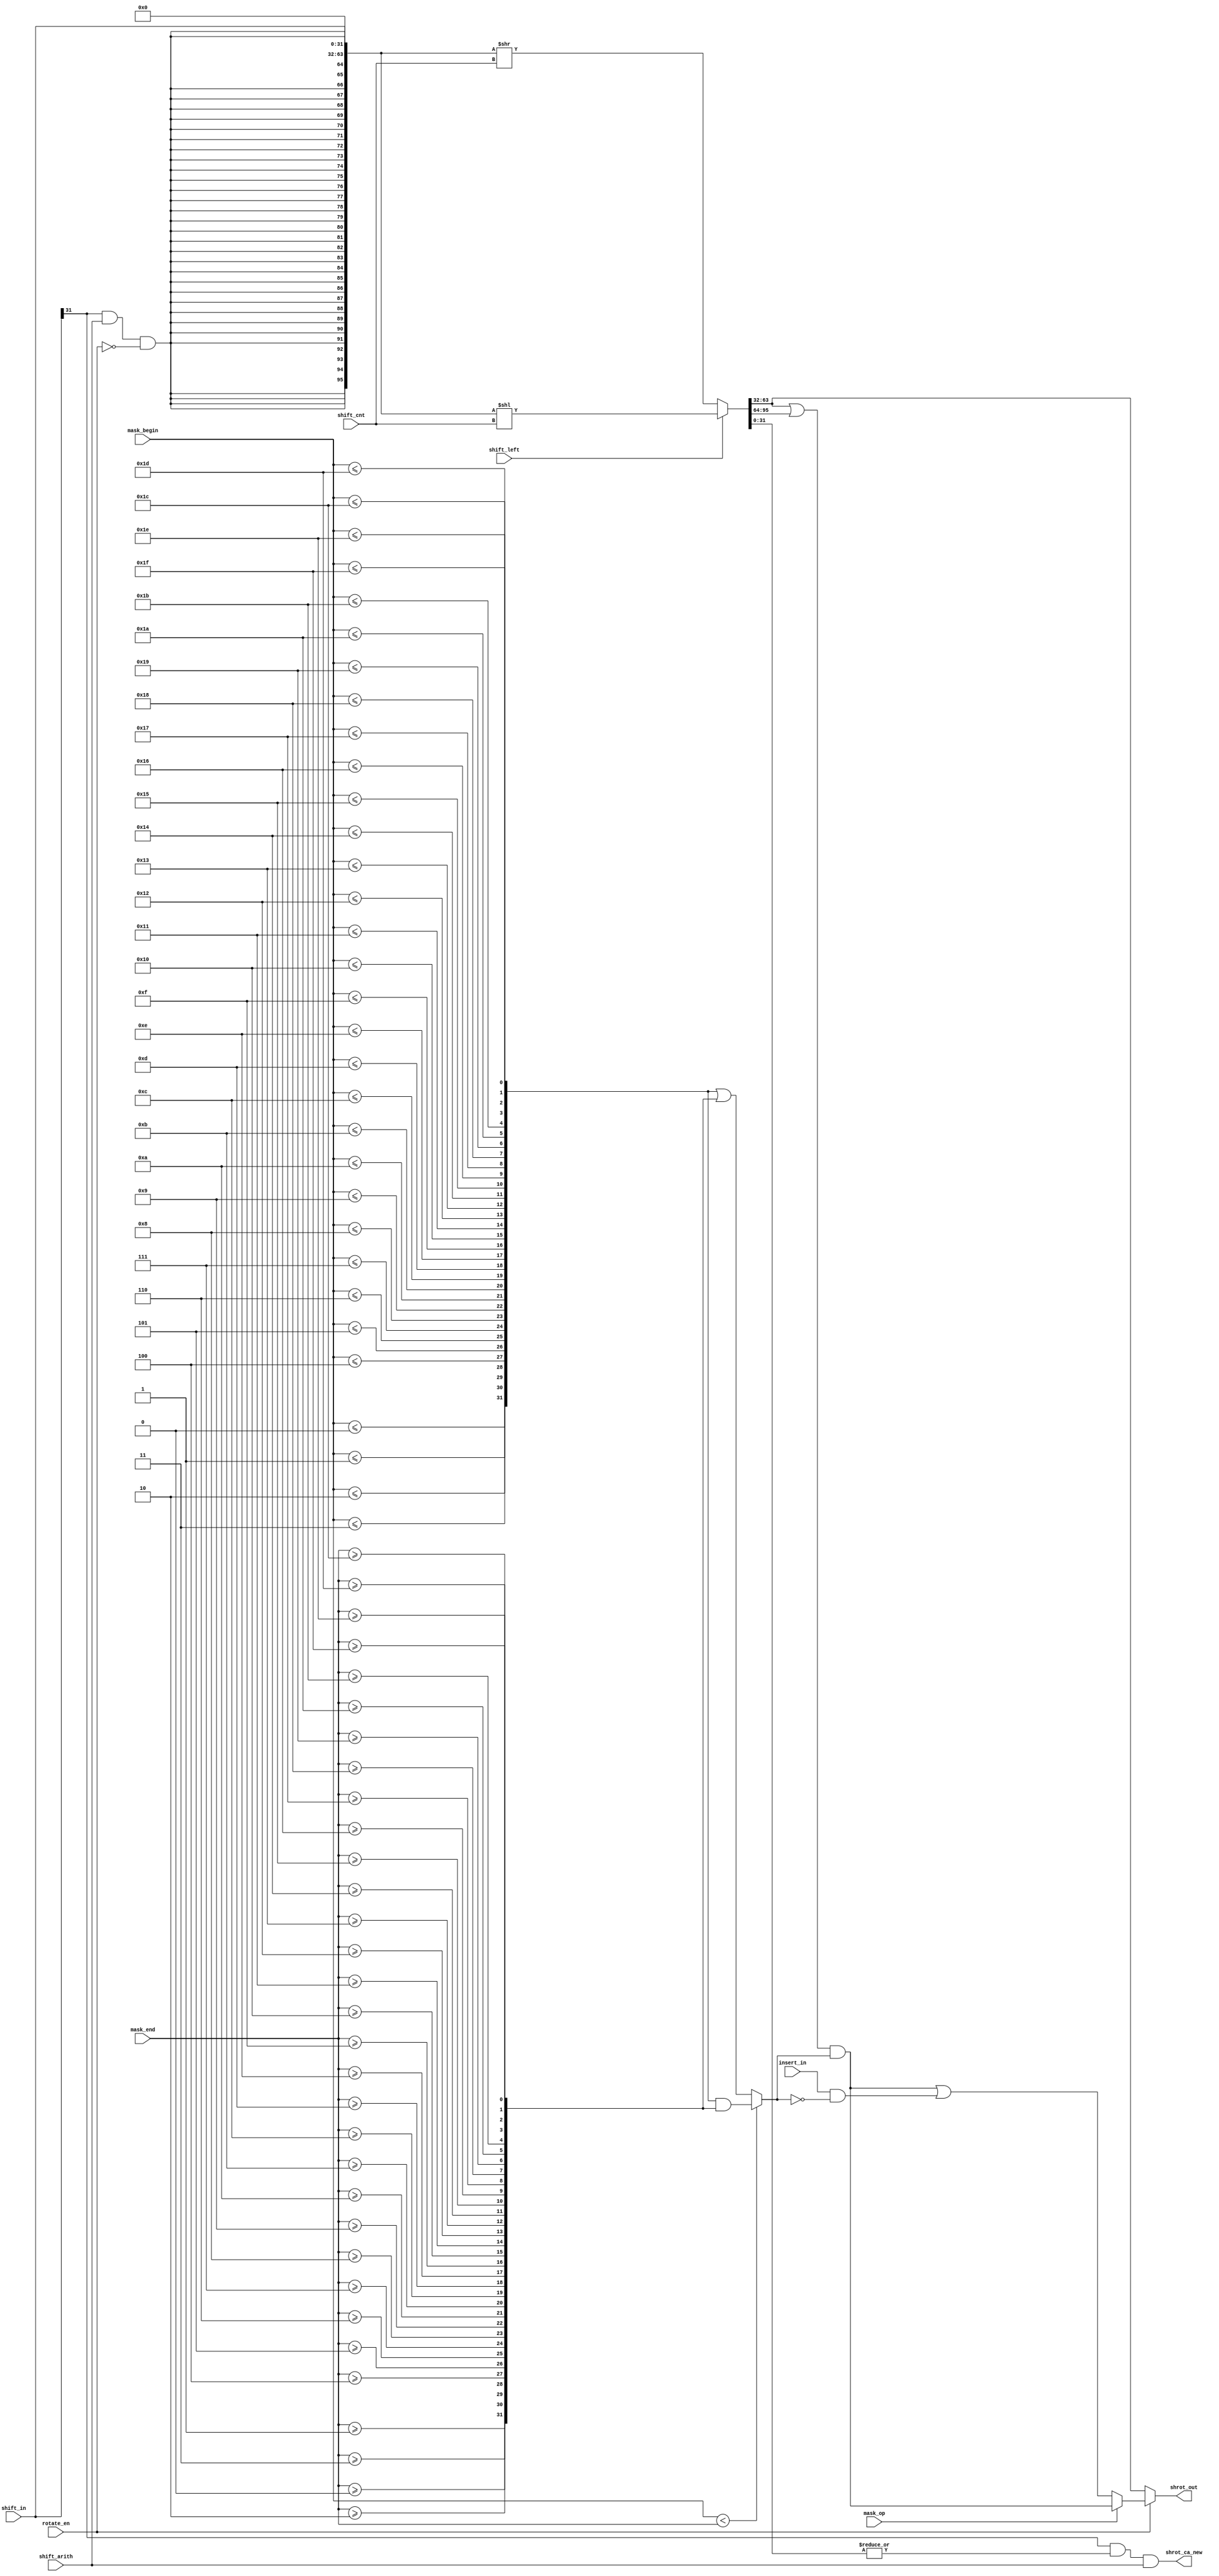
module pippo_barrel (
   
	shift_in,
	shift_cnt,
    insert_in, 
	mask_begin,
	mask_end, 

	shift_left,
	shift_arith,
	rotate_en, 
	mask_op, 

    shrot_out,
    shrot_ca_new
	);

//
// 
//
input [31:0] shift_in;		// data to be shifted
input [31:0] insert_in;		// data to be inserted
input [4:0] shift_cnt;		// fully encoded shift amount
input shift_left;		    // =1 for left shift, =0 for right
input shift_arith;		    // =1 for arith shift, =0 for logical
input rotate_en;            // =1 for rotate
input [4:0] mask_begin;		// fully encoded bit position of mask start
input [4:0] mask_end;		// fully encoded bit position of mask end
input mask_op;              // =1 for and mask; =0 for insert mask

output [31:0] shrot_out;
output  shrot_ca_new;

//
//
//
reg     [95:0]      shifted;
wire    [31:0]      insert_in;
wire    [31:0]      shift_out;
wire    [31:0]      rotate_out;
wire    [31:0]      shrot_out;
wire    [95:0]      sht_operand;
wire                fill;

assign fill = shift_in[31] & shift_arith & (!rotate_en);
assign sht_operand = {({32{fill}}), shift_in, 32'b0};

always @ (sht_operand or shift_left or shift_cnt) begin
	if (shift_left)
		shifted = sht_operand << shift_cnt;
	else
		shifted = sht_operand >> shift_cnt;
end

assign shift_out = shifted[63:32];

//
// rotate and mask logic
//
wire [31:0] mask_first, mask_second, mask_last;

//
// mask generation
//
// mask_first: 0..0[MB]1..1
// mask_second: 1..1[ME]0..0
// MB<ME: mask_last = 0..0[MB]1..1[ME]0..0
// MB>ME: mask_last = 1..1[ME]0..1[MB]1..1
assign mask_first[31] = mask_begin <= 5'd0; 
assign mask_first[30] = mask_begin <= 5'd1; 
assign mask_first[29] = mask_begin <= 5'd2; 
assign mask_first[28] = mask_begin <= 5'd3; 
assign mask_first[27] = mask_begin <= 5'd4; 
assign mask_first[26] = mask_begin <= 5'd5; 
assign mask_first[25] = mask_begin <= 5'd6; 
assign mask_first[24] = mask_begin <= 5'd7; 
assign mask_first[23] = mask_begin <= 5'd8; 
assign mask_first[22] = mask_begin <= 5'd9; 
assign mask_first[21] = mask_begin <= 5'd10; 
assign mask_first[20] = mask_begin <= 5'd11; 
assign mask_first[19] = mask_begin <= 5'd12; 
assign mask_first[18] = mask_begin <= 5'd13; 
assign mask_first[17] = mask_begin <= 5'd14; 
assign mask_first[16] = mask_begin <= 5'd15; 
assign mask_first[15] = mask_begin <= 5'd16; 
assign mask_first[14] = mask_begin <= 5'd17; 
assign mask_first[13] = mask_begin <= 5'd18; 
assign mask_first[12] = mask_begin <= 5'd19; 
assign mask_first[11] = mask_begin <= 5'd20; 
assign mask_first[10] = mask_begin <= 5'd21; 
assign mask_first[9] = mask_begin <= 5'd22; 
assign mask_first[8] = mask_begin <= 5'd23; 
assign mask_first[7] = mask_begin <= 5'd24; 
assign mask_first[6] = mask_begin <= 5'd25; 
assign mask_first[5] = mask_begin <= 5'd26; 
assign mask_first[4] = mask_begin <= 5'd27; 
assign mask_first[3] = mask_begin <= 5'd28; 
assign mask_first[2] = mask_begin <= 5'd29; 
assign mask_first[1] = mask_begin <= 5'd30; 
assign mask_first[0] = mask_begin <= 5'd31; 

assign mask_second[31] = mask_end >= 5'd0; 
assign mask_second[30] = mask_end >= 5'd1; 
assign mask_second[29] = mask_end >= 5'd2; 
assign mask_second[28] = mask_end >= 5'd3; 
assign mask_second[27] = mask_end >= 5'd4; 
assign mask_second[26] = mask_end >= 5'd5; 
assign mask_second[25] = mask_end >= 5'd6; 
assign mask_second[24] = mask_end >= 5'd7; 
assign mask_second[23] = mask_end >= 5'd8; 
assign mask_second[22] = mask_end >= 5'd9; 
assign mask_second[21] = mask_end >= 5'd10; 
assign mask_second[20] = mask_end >= 5'd11; 
assign mask_second[19] = mask_end >= 5'd12; 
assign mask_second[18] = mask_end >= 5'd13; 
assign mask_second[17] = mask_end >= 5'd14; 
assign mask_second[16] = mask_end >= 5'd15; 
assign mask_second[15] = mask_end >= 5'd16; 
assign mask_second[14] = mask_end >= 5'd17; 
assign mask_second[13] = mask_end >= 5'd18; 
assign mask_second[12] = mask_end >= 5'd19; 
assign mask_second[11] = mask_end >= 5'd20; 
assign mask_second[10] = mask_end >= 5'd21; 
assign mask_second[9] = mask_end >= 5'd22; 
assign mask_second[8] = mask_end >= 5'd23; 
assign mask_second[7] = mask_end >= 5'd24; 
assign mask_second[6] = mask_end >= 5'd25; 
assign mask_second[5] = mask_end >= 5'd26; 
assign mask_second[4] = mask_end >= 5'd27; 
assign mask_second[3] = mask_end >= 5'd28; 
assign mask_second[2] = mask_end >= 5'd29; 
assign mask_second[1] = mask_end >= 5'd30; 
assign mask_second[0] = mask_end >= 5'd31; 

assign mask_select = (mask_begin < mask_end);
assign mask_last = mask_select ? (mask_first & mask_second) : (mask_first | mask_second); 

// to add mask_op
wire    [31:0]  mask_and_out;
wire    [31:0]  mask_insert_out;

assign mask_and_out = (shifted[63:32] | shifted[95:64]) & mask_last;
assign mask_insert_out = ((shifted[63:32] | shifted[95:64]) & mask_last) |
                     (insert_in & ~mask_last);
assign rotate_out = mask_op ? mask_and_out : mask_insert_out;

//
// shrot result
//
assign shrot_out = rotate_en ? rotate_out : shift_out;

// for sraw and srawi inst. processing
assign shrot_ca_new = shift_in[31] & (|shifted[31:0]) & shift_arith; 

endmodule